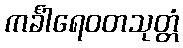
ကင်္ခါရေဝတသုတ္တံ